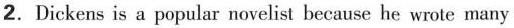
2. Dickens is apopular novelist because he wrote many